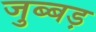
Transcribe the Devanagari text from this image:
जुब्बड़